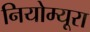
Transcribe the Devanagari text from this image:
नियोम्यूरा